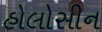
હોલોસીન